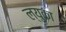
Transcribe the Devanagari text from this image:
ल्युका